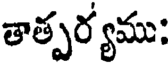
తాత్పర్యము: